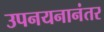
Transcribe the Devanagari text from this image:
उपनयनानंतर